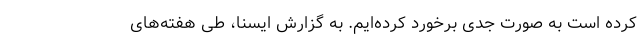
کرده است به صورت جدی برخورد کرده‌ایم. به گزارش ایسنا، طی هفته‌های